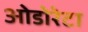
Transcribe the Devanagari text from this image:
ओडोरेटा